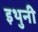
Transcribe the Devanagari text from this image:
इथुनी